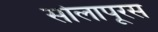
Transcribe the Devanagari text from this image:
सोलापूरस